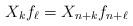
LaTeX: \begin{align*}X_k f_\ell = X_{n+k} f_{n+\ell}\end{align*}